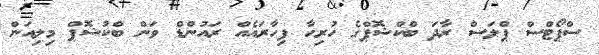
ސްޕޯޓްސް ޕްލަސް ރާދަ ބްކްޝޮޕްގެ ހުރިހާ ފިހާރައެއް ރައުންޑް ވަން ބްކުޝޮޕް މިލިއަން